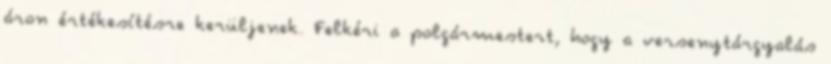
áron értékesítésre kerüljenek. Felkéri a polgármestert, hogy a versenytárgyalás